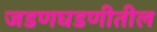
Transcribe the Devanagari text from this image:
जडणघडणीतील